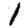
Digit: 1